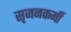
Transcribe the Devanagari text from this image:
सृजनकर्मी